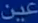
عين